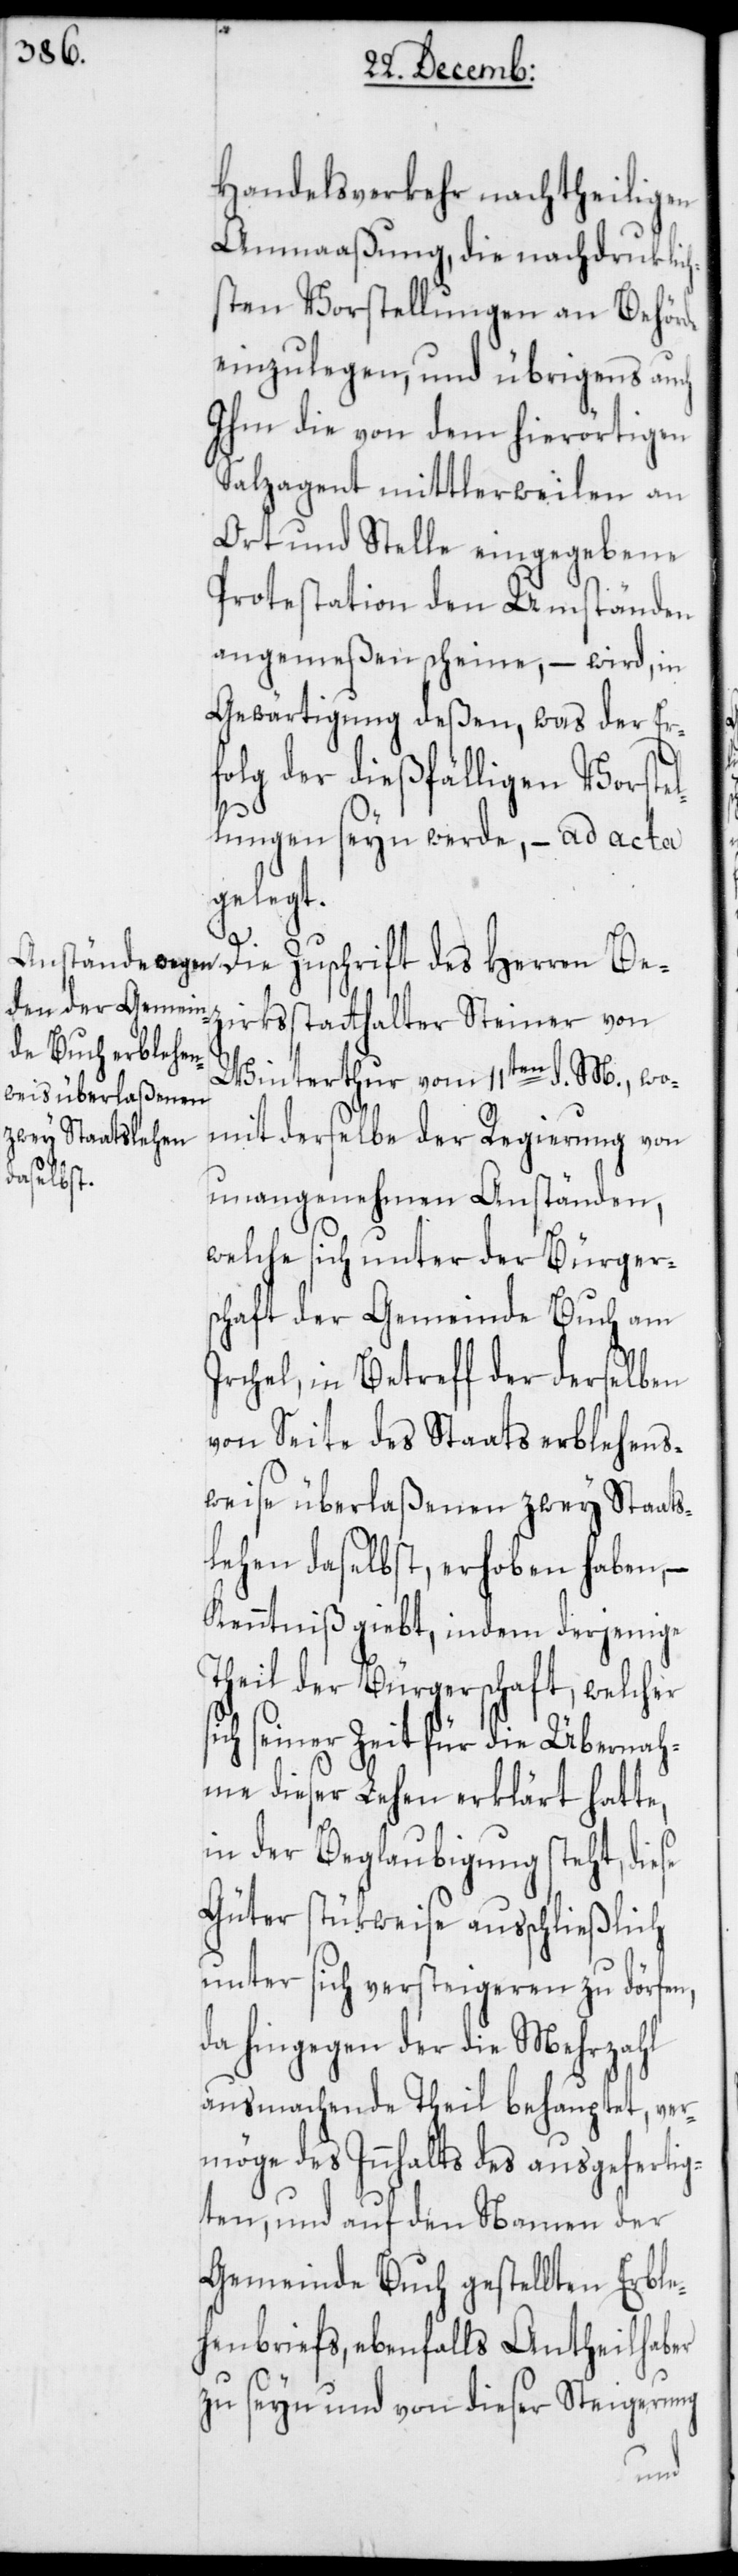
Handelsverkehr nachtheiligen
Anmaaßung, die nachdruklich¬
sten Vorstellungen an Behörde
einzulegen, und übrigens auch
Ihm die von dem hierörtigen
Salzagent mittlerweilen an
Ort und Stelle eingegebene
Protestation den Umständen
angemeßen scheine, – wird, in
Gewärtigung deßen, was der Er¬
folg der dießfälligen Vorstel¬
lungen seyn werde, – ad acta
gelegt.
Die Zuschrift des Herren Bez¬
irksstatthalter Steiner von
Winterthur vom 11ten d. M., wo¬
mit derselbe der Regierung von
unangenehmen Anständen,
welche sich unter der Bürgers¬
chaft der Gemeinde Buch am
Irchel, in Betreff der derselben
von Seite des Staats erblehens¬
weise überlaßenen zwey Staats¬
lehen daselbst, erhoben haben, –
Kenntniß giebt, indem derjenige
Theil der Bürgerschaft, welcher
ich seiner Zeit für die Übernah¬
me dieser Lehen erklärt hatte,
in der Beglaubigung steht, diese
Güter stükweise ausschließlich
unter sich versteigeren zu dörfen,
da hingegen der die Mehrzahl
ausmachende Theil behauptet, ver¬
möge des Innhalts des ausgefertig¬
ten, und auf den Namen der
Gemeinde Buch gestellten Erble¬
henbriefs, ebenfalls Antheilhaber
zu seyn und von dieser Steigerung
s¬